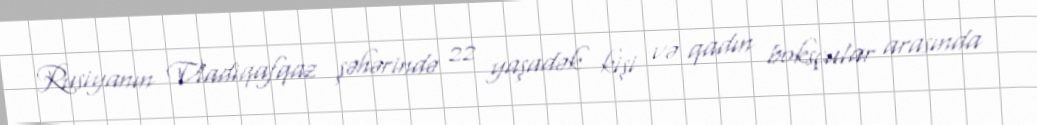
Rusiyanın Vladiqafqaz şəhərində 22 yaşadək kişi və qadın boksçular arasında